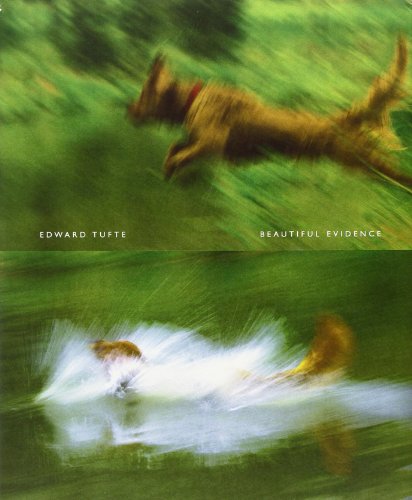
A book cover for Beautiful Evidence; Edward R. Tufte; Computers & Technology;